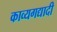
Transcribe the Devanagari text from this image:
काव्यगद्यादी